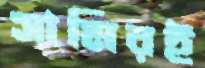
সামিরই